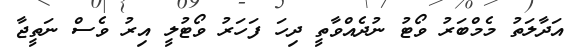
އަދާލަތު މެމްބަރު ވޯޓު ނުދެއްވާތީ ދިހަ ފަހަރު ވޯޓުލީ އިރު ވެސް ނަތީޖާ